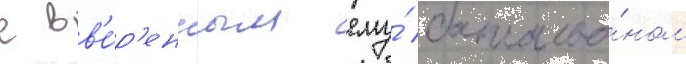
с вв'е́р'енным ему́ батальо́ном